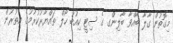
މިގޮތުން ގާލާ ބާއްވާ ބާލިންގ ގެ ސިޓީ ކިއުބު ހޯލް ތައްޔާރުކުރުމުގެ އިތުރުން